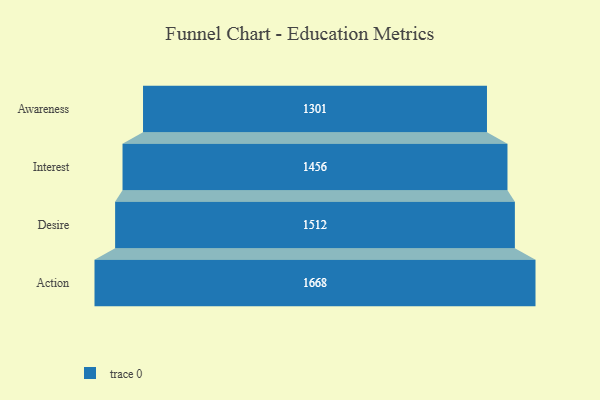
{"axis": {"x": "Stage", "y": "Value"}, "legend": [""], "data": [{"x": "Awareness", "y": 1301.0, "type": ""}, {"x": "Interest", "y": 1456.0, "type": ""}, {"x": "Desire", "y": 1512.0, "type": ""}, {"x": "Action", "y": 1668.0, "type": ""}]}